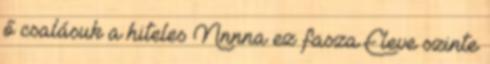
ő csalásuk a hiteles Nnnna ez fasza Eleve szinte